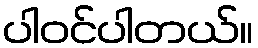
ပါဝင်ပါတယ်။